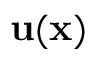
\mathbf { u } ( \mathbf { x } )